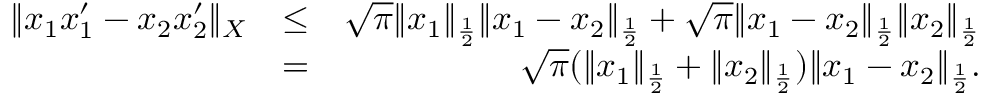
\begin{array} { r l r } { \| x _ { 1 } x _ { 1 } ^ { \prime } - x _ { 2 } x _ { 2 } ^ { \prime } \| _ { X } } & { \leq } & { \sqrt { \pi } \| x _ { 1 } \| _ { \frac { 1 } { 2 } } \| x _ { 1 } - x _ { 2 } \| _ { \frac { 1 } { 2 } } + \sqrt { \pi } \| x _ { 1 } - x _ { 2 } \| _ { \frac { 1 } { 2 } } \| x _ { 2 } \| _ { \frac { 1 } { 2 } } } \\ & { = } & { \sqrt { \pi } ( \| x _ { 1 } \| _ { \frac { 1 } { 2 } } + \| x _ { 2 } \| _ { \frac { 1 } { 2 } } ) \| x _ { 1 } - x _ { 2 } \| _ { \frac { 1 } { 2 } } . } \end{array}